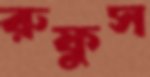
রুফুস